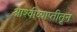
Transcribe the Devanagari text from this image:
आश्वीव्याप्तीतून